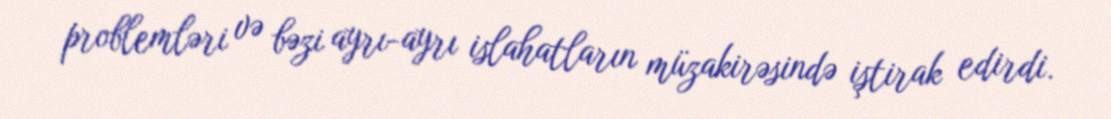
problemləri və bəzi ayrı-ayrı islahatların müzakirəsində iştirak edirdi.